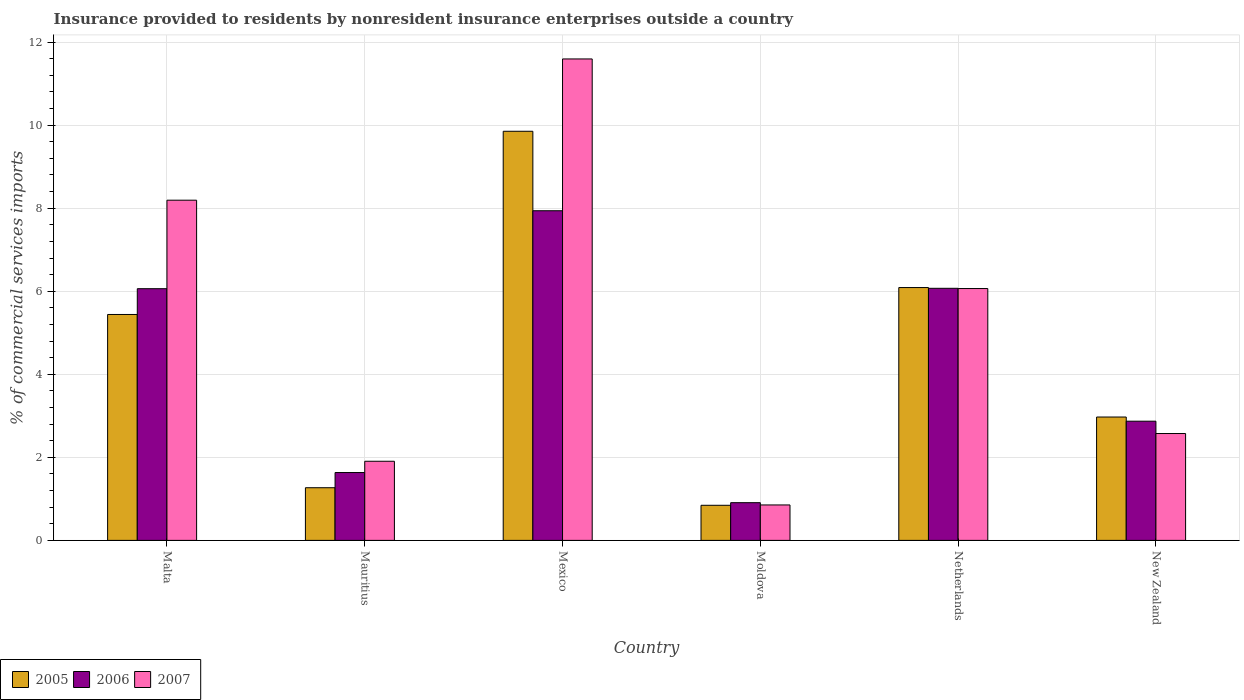
| Country | 2005 | 2006 | 2007 |
 | --- | --- | --- | --- |
 | Malta | 5.44 | 6.06 | 8.19 |
 | Mauritius | 1.27 | 1.63 | 1.91 |
 | Mexico | 9.85 | 7.94 | 11.6 |
 | Moldova | 0.845 | 0.908 | 0.853 |
 | Netherlands | 6.09 | 6.07 | 6.06 |
 | New Zealand | 2.97 | 2.87 | 2.57 |